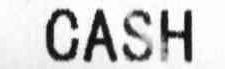
CASH